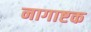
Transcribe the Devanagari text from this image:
नागाष्टक